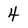
Character: 4